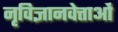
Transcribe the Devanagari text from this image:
नृविज्ञानवेत्ताओं